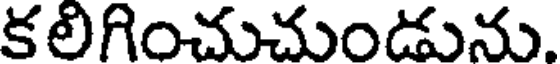
కలిగించుచుండును.